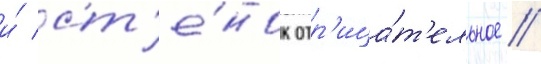
и́ ст'е́нок отр'ица́т'ельное //